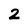
Character: 2